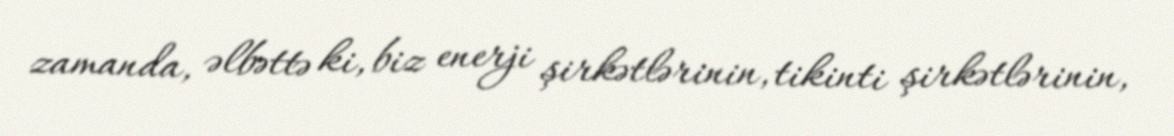
zamanda, əlbəttə ki, biz enerji şirkətlərinin, tikinti şirkətlərinin,